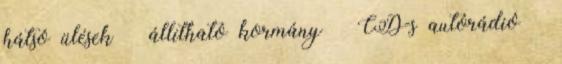
hátsó ülések – állítható kormány – CD-s autórádió –